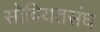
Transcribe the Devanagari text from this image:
सोवियतसंघ